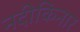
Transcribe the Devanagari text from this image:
नदीकिनार